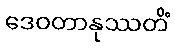
ဒေဝတာနုဿတိံ